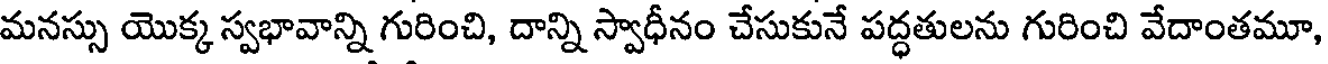
మనస్సు యొక్క స్వభావాన్ని గురించి, దాన్ని స్వాధీనం చేసుకునే పద్ధతులను గురించి వేదాంతమూ,